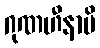
ဂုဏဟီနာပိ